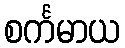
စင်္ကမာယ